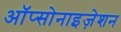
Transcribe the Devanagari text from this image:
ऑप्सोनाइज़ेशन